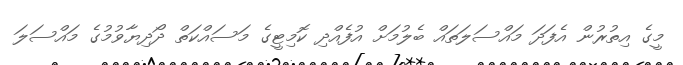
މީގެ އިތުރުން އެފަދަ މައްސަލަތައް ބެލުމަށް އުފެއްދި ކޮމިޓީގެ މަސައްކަތް ދޯދިޔާވުމުގެ މައްސަލަ